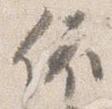
依